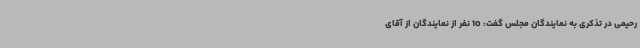
رحیمی در تذکری به نمایندگان مجلس گفت: 10 نفر از نمایندگان از آقای